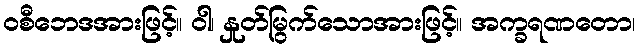
ဝစီဘေဒအားဖြင့်။ ဝါ၊ နှုတ်မြွက်သောအားဖြင့်။ အက္ခရဏတော၊